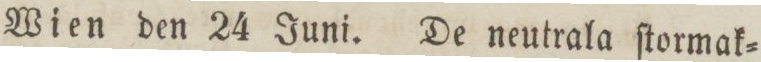
Wien den 24 Juni. De neutrala ſtormak=